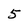
Character: 5